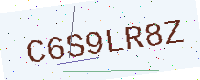
Text: C6S9LR8Z